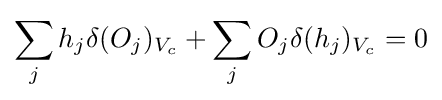
\sum _{j}h_{j}\delta (O_{j})_{V_{c}}+\sum _{j}O_{j}\delta (h_{j})_{V_{c}}=0\,\!